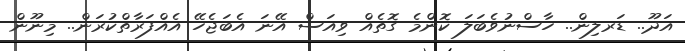
އަދޫ.. ޑަރލިން.. ހާސްނުވެބަލަ ކޮންމެ ގޮތެއް ވިއަސް އޭނަ އެބަޖެހޭ އެއްފަރާތްކުރަން.. މިނޫން